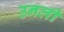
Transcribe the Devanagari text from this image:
उनली